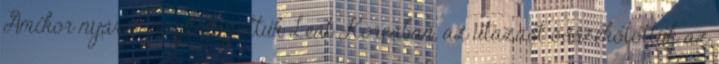
Amikor nyáron meglátogattuk Leát Koreában, az utazást összekötöttük az